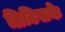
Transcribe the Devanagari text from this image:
ब्रिटिसके